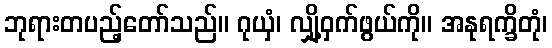
ဘုရားတပည့်တော်သည်။ ဂုယှံ၊ လျှို့ဝှက်ဖွယ်ကို။ အနုရက္ခိတုံ၊